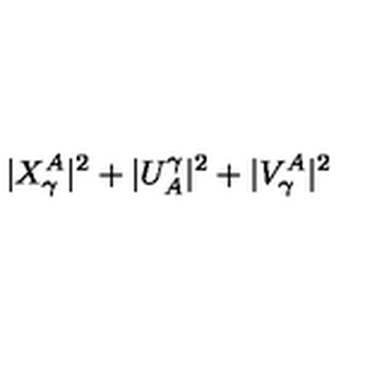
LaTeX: | X _ { \gamma } ^ { A } | ^ { 2 } + | U _ { A } ^ { \gamma } | ^ { 2 } + | V _ { \gamma } ^ { A } | ^ { 2 }